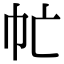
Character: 𢁣